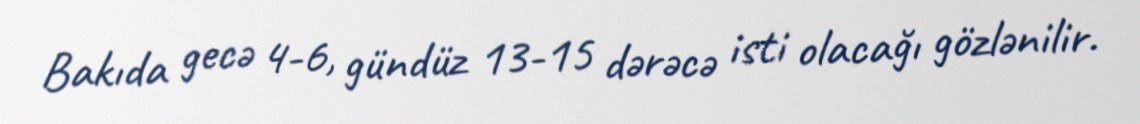
Bakıda gecə 4-6, gündüz 13-15 dərəcə isti olacağı gözlənilir.